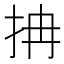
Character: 抩